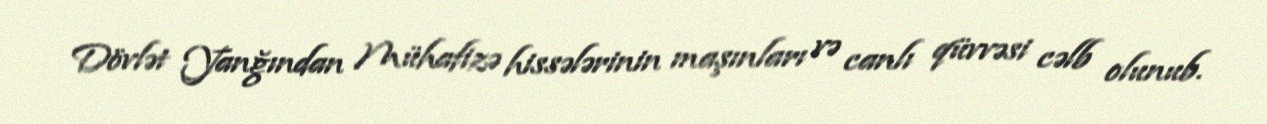
Dövlət Yanğından Mühafizə hissələrinin maşınları və canlı qüvvəsi cəlb olunub.